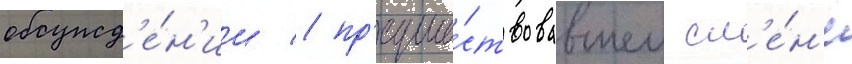
обсужд'е́н'ии / пр'едше́ствовавшем см'е́н'е